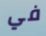
في